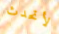
لأتحدث